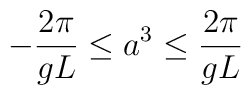
-\frac{2\pi}{gL} \leq a^{3} \leq \frac{2\pi}{gL}